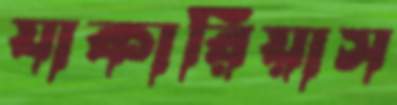
যাকারিয়াস